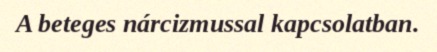
A beteges nárcizmussal kapcsolatban.